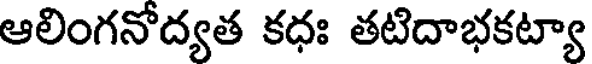
ఆలింగనోద్యత కధః తటిదాభకట్యా